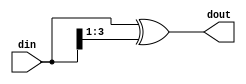
//-- 4 bit Binary code to Gray code converter--//
//-- Reference from--//
//-- (http://verilogbynaresh.blogspot.com/2013/07/binary-to-gray-code-converter-using.html)--//

module Binary_to_Gray (dout, din);

output [3:0] dout ;

input [3:0] din ;
//--solution 1--//
/*
assign dout[3] = din[3];
assign dout[2] = din[3]^din[2];
assign dout[1] = din[2]^din[1];
assign dout[0] = din[1]^din[0];
*/

//-- solution 2--//
assign dout = din ^ (din >>1);

//--solution 3--//
/*
always @(din) begin
	case (din)
	4'b0000: dout = 4'b0000;
	4'b0001: dout = 4'b0001;
	4'b0010: dout = 4'b0011;
	4'b0011: dout = 4'b0010;
	4'b0100: dout = 4'b0110;
	4'b0101: dout = 4'b0111;
	4'b0110: dout = 4'b0101;
	4'b0111: dout = 4'b0100;
	4'b1000: dout = 4'b1100;
	4'b1001: dout = 4'b1101;
	4'b1010: dout = 4'b1111;
	4'b1011: dout = 4'b1110;
	4'b1100: dout = 4'b1010;
	4'b1101: dout = 4'b1011;
	4'b1110: dout = 4'b1001;
	4'b1111: dout = 4'b1000;
end
*/
endmodule